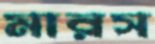
মারস